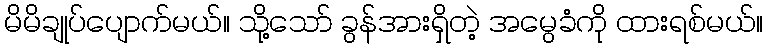
မိမိချုပ်ပျောက်မယ်။ သို့သော် ခွန်အားရှိတဲ့ အမွေခံကို ထားရစ်မယ်။